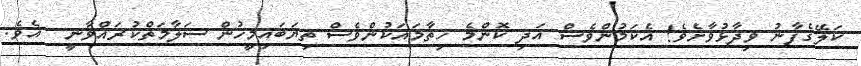
ކަލޭގެފާނު ވިދާޅުވާށެވެ! އެކަމުންވެސް އަދި ކޮންމެ ހިތާމައަކުންވެސް ތިޔަބައިމީހުން ސަލާމަތްކުރައްވާނީ  އެވެ.